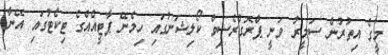
މީގެ އިތުރުން ސަމީރު ވަނީ ޕްރޮގްރެސިވް ކޯލިޝަނުގައި ހިމެނޭ ޕާޓީއެއްގެ ޓިކެޓުގައި އޭނާ